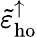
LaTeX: \tilde{\varepsilon}_{\mathrm{ho}}^{\uparrow}